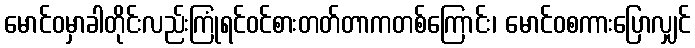
မောင်ဝမှာခါတိုင်းလည်းကြုံရင်ဝင်စားတတ်တာကတစ်ကြောင်း၊ မောင်ဝစကားပြောလျှင်